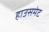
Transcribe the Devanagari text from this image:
हाउसमेट